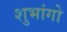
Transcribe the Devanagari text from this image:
शुभांगो